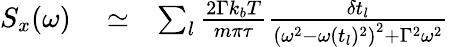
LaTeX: \begin{array}{rlr}{S_{x}(\omega)}&{{}\simeq}&{\sum_{l}\frac{2\Gamma k_{b}T}{m\pi\tau}\frac{\delta t_{l}}{\left(\omega^{2}-\omega(t_{l})^{2}\right)^{2}+\Gamma^{2}\omega^{2}}}\end{array}